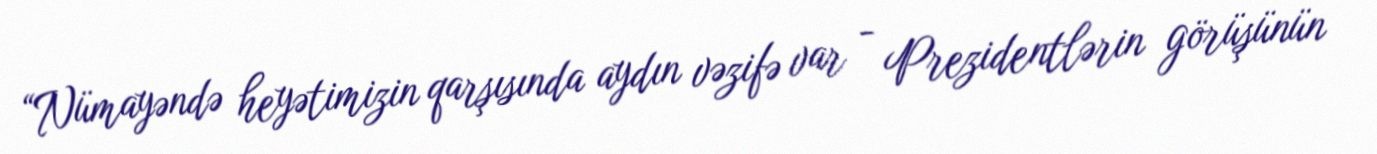
“Nümayəndə heyətimizin qarşısında aydın vəzifə var - Prezidentlərin görüşünün